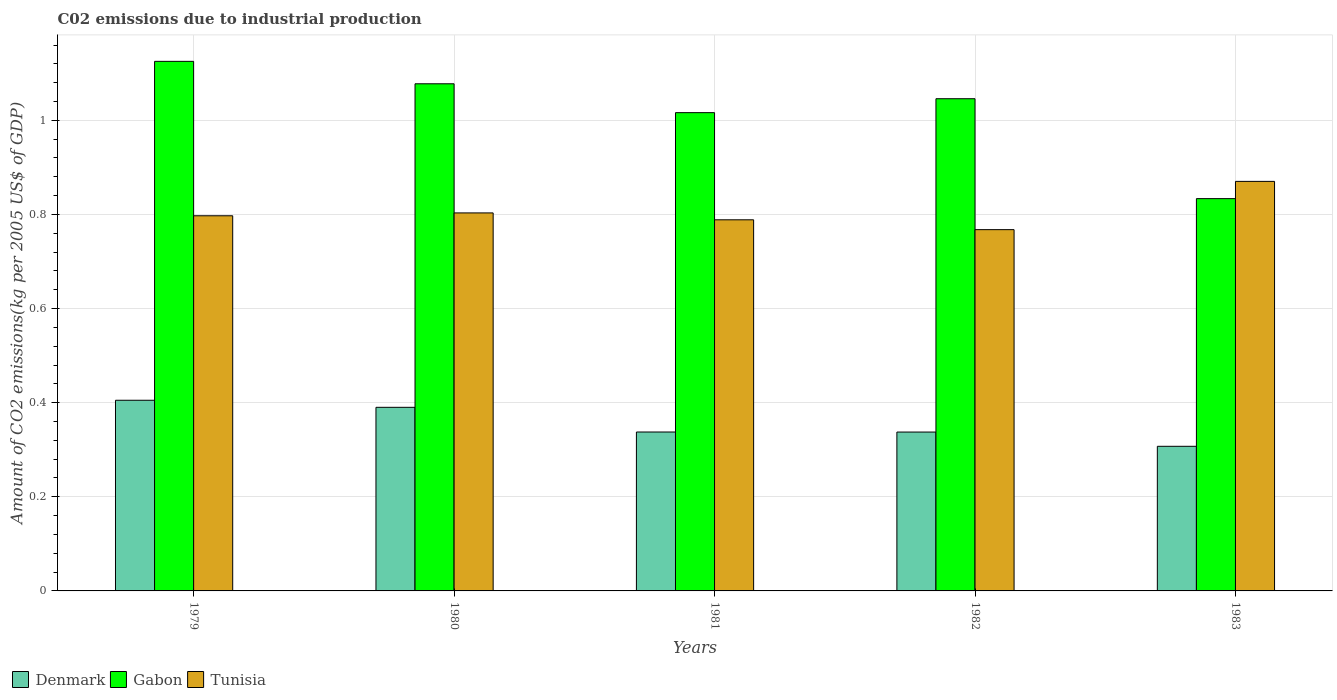
| Years | Denmark | Gabon | Tunisia |
 | --- | --- | --- | --- |
 | 1979 | 0.405 | 1.13 | 0.797 |
 | 1980 | 0.39 | 1.08 | 0.803 |
 | 1981 | 0.338 | 1.02 | 0.789 |
 | 1982 | 0.338 | 1.05 | 0.768 |
 | 1983 | 0.307 | 0.834 | 0.87 |